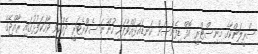
ސްރީލަންކާގެ މިނިސްޓްރީ އޮފް ޑިފެންސަށް ކަނޑައަޅުއްވާފައި ހުންނަ ސެކްރެޓަރީ ދެއްކެވި ވާހަކަފުޅުގައި ރާއްޖޭގެ